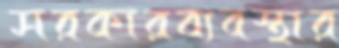
সরকারব্যবস্থার